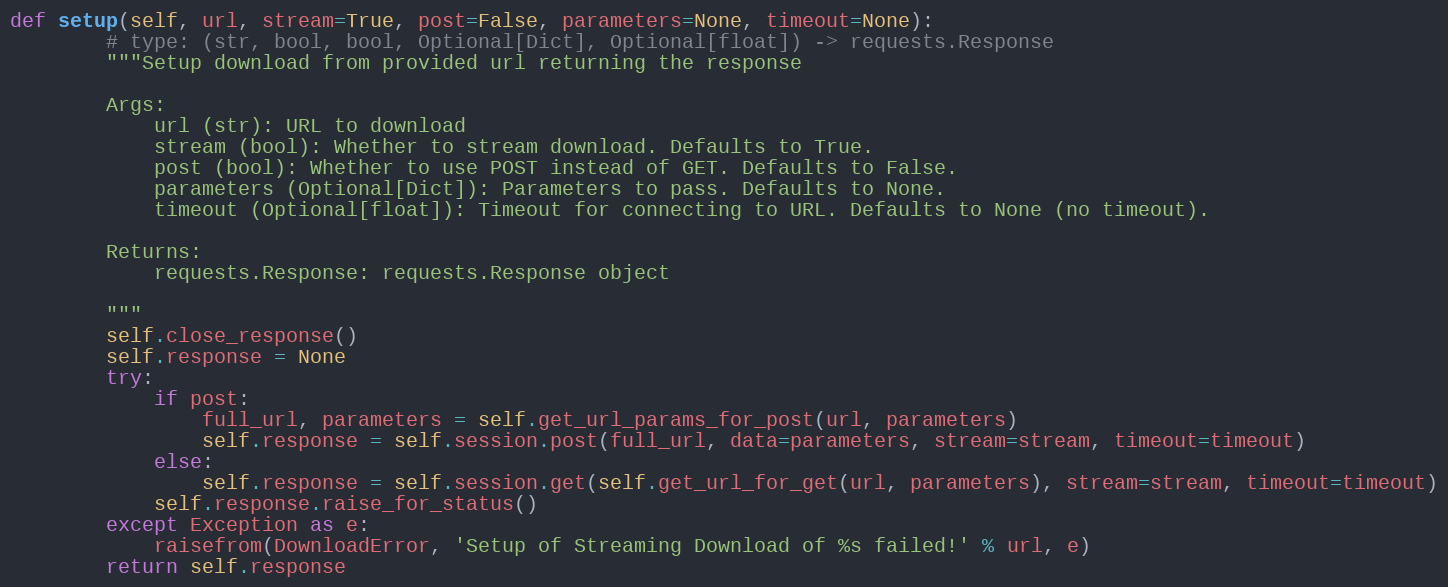
Language: Python
def setup(self, url, stream=True, post=False, parameters=None, timeout=None):
        # type: (str, bool, bool, Optional[Dict], Optional[float]) -> requests.Response
        """Setup download from provided url returning the response

        Args:
            url (str): URL to download
            stream (bool): Whether to stream download. Defaults to True.
            post (bool): Whether to use POST instead of GET. Defaults to False.
            parameters (Optional[Dict]): Parameters to pass. Defaults to None.
            timeout (Optional[float]): Timeout for connecting to URL. Defaults to None (no timeout).

        Returns:
            requests.Response: requests.Response object

        """
        self.close_response()
        self.response = None
        try:
            if post:
                full_url, parameters = self.get_url_params_for_post(url, parameters)
                self.response = self.session.post(full_url, data=parameters, stream=stream, timeout=timeout)
            else:
                self.response = self.session.get(self.get_url_for_get(url, parameters), stream=stream, timeout=timeout)
            self.response.raise_for_status()
        except Exception as e:
            raisefrom(DownloadError, 'Setup of Streaming Download of %s failed!' % url, e)
        return self.response